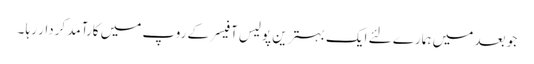
جو بعد میں ہمارے لئے ایک بہترین پولیس آفیسر کے روپ میں کارآمد کردار رہا ۔